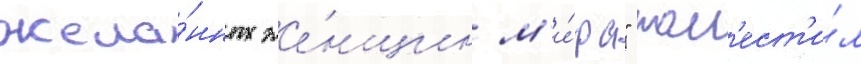
жела́нных же́нщин м'и́ра" пом'ест'и́л